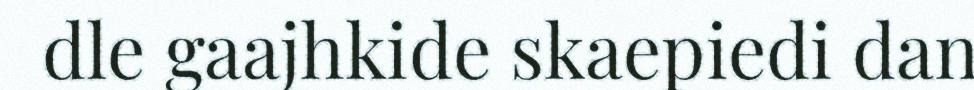
dle gaajhkide skaepiedi dan